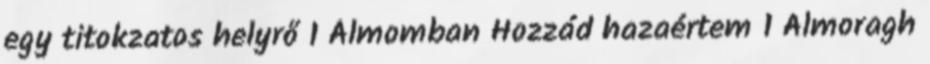
egy titokzatos helyrő 1 Álmomban Hozzád hazaértem 1 Almoragh